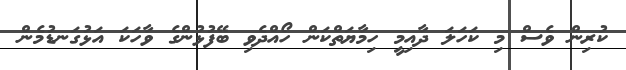
ކުރިން ވެސް މި ކަހަލަ ދާއިމީ ހިމާޔަތްކަން ހޯއްދެވި ބޭފުޅުންގެ ވާހަކަ އަޅުގަނޑުމެން